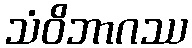
သံဝိဘာဂဿ